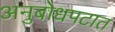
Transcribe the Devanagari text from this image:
अनुबोधपटात